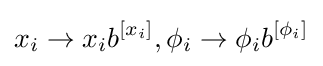
\displaystyle x_{i}\rightarrow x_{i}b^{\left[x_{i}\right]},\phi _{i}\rightarrow \phi _{i}b^{\left[\phi _{i}\right]}